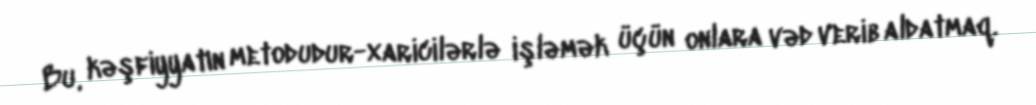
Bu, kəşfiyyatın metodudur-xaricilərlə işləmək üçün onlara vəd verib aldatmaq.